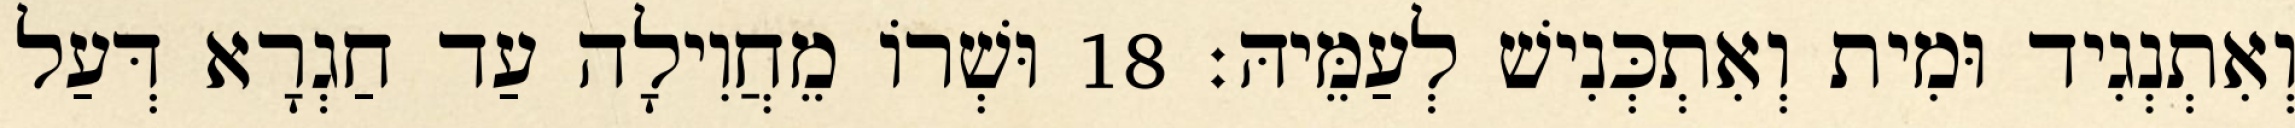
וְאִתְנְגִיד וּמִית וְאִתְכְּנִישׁ לְעַמֵּיהּ׃ 18 וּשְׁרוֹ מֵחֲוִילָה עַד חַגְרָא דְּעַל